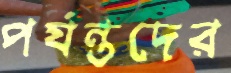
পর্যন্তদের